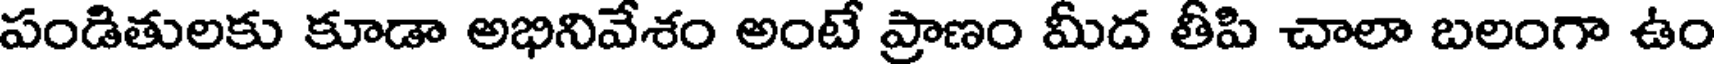
పండితులకు కూడా అభినివేశం అంటే ప్రాణం మీద తీపి చాలా బలంగా ఉం